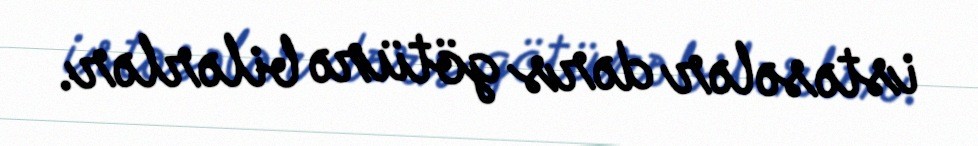
istəsələr dərs götürə bilərlər.